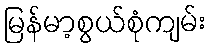
မြန်မာ့စွယ်စုံကျမ်း